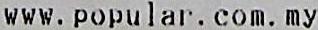
WWW.POPULAR.COM.MY